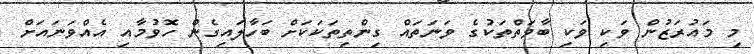
މި މައުރަޒުން ވަކި ވަކި ބާވަތްތަކުގެ ވަނަތައް ގިންތިތަކަކަށް ބަހާލައިގެން ހޮވުމާއި އެއްވަނައަށް